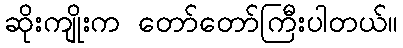
ဆိုးကျိုးက တော်တော်ကြီးပါတယ်။